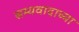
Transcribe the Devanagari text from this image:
सम्यवादाच्या